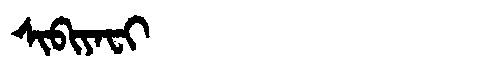
Manchu: ᠰᡳᠪᡳᠶᠠᠸᡳ
Romanization: SIBIYAFI